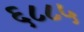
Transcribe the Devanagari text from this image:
६८८५